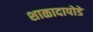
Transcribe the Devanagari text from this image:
शाळादापोडे